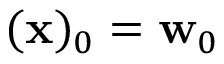
( \mathbf { x } ) _ { 0 } = \mathbf { w } _ { 0 }